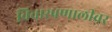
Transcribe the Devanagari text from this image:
विचारप्रणालीवर